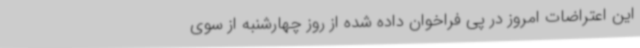
این اعتراضات امروز در پی فراخوان داده شده از روز چهارشنبه از سوی